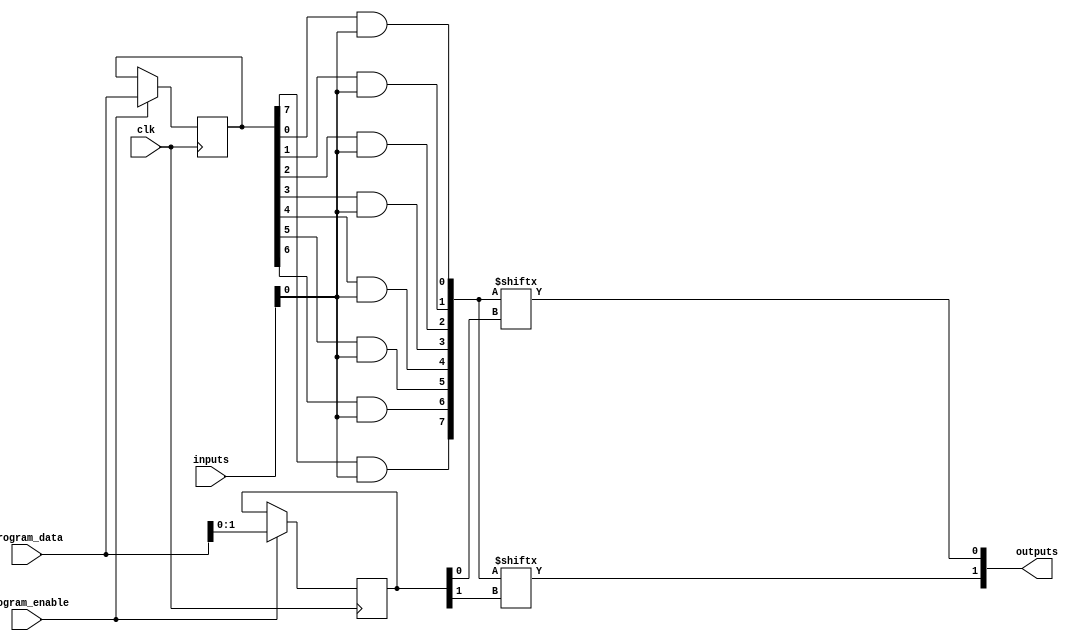
module FlashProgrammablePAL (
    input wire [N-1:0] inputs,         // Input lines
    input wire [M-1:0] program_data,   // Programming data for AND/OR arrays
    input wire program_enable,          // Enable programming mode
    input wire clk,                     // Clock signal
    output wire [P-1:0] outputs         // Output lines
);

// Parameters
parameter N = 4; // Number of input lines
parameter M = 8; // Number of product terms
parameter P = 2; // Number of outputs

// Internal signals
wire [M-1:0] and_outputs;            // Outputs of the AND array
reg [M-1:0] programmed_and;           // Programmable AND connections
reg [P-1:0] programmed_or;            // Programmable OR connections

// Programmable AND array
genvar i;
generate
    for (i = 0; i < M; i = i + 1) begin : AND_ARRAY
        assign and_outputs[i] = (programmed_and[i] & inputs);
    end
endgenerate

// Control logic for programming the AND array
always @(posedge clk) begin
    if (program_enable) begin
        // Load programming data into the AND array
        programmed_and <= program_data;
    end
end

// Programmable OR array
genvar j;
generate
    for (j = 0; j < P; j = j + 1) begin : OR_ARRAY
        assign outputs[j] = |(and_outputs[programmed_or[j]]);
    end
endgenerate

// Control logic for programming the OR array
always @(posedge clk) begin
    if (program_enable) begin
        // Load programming data into the OR array
        programmed_or <= program_data[P-1:0]; // Example: assuming program_data contains OR connections
    end
end

endmodule